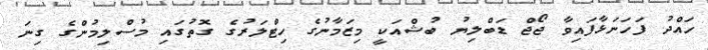
ހައްދު ފަހަނަޅާފައިވާ ޖޯޖް ޑަބްލިޔު ބުޝްއަކީ މިޒަމާނުގެ ހިޓްލަރުގެ ގޮތުގައި މުސްލިމުންގެ ގިނަ